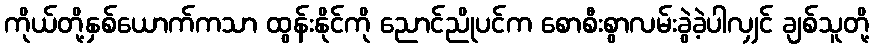
ကိုယ်တို့နှစ်ယောက်ကသာ ထွန်းနိုင်ကို ညောင်ညိုပင်က စောစီးစွာလမ်းခွဲခဲ့ပါလျှင် ချစ်သူတို့